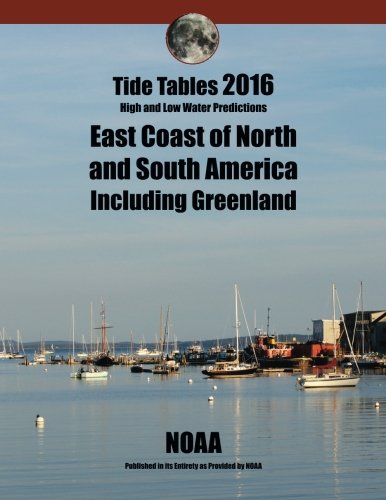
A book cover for Tide Tables 2016: EAST COAST of North and South America including Greenland; National Oceanic and Atmospheric Administration; Engineering & Transportation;